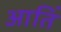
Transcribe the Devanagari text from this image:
आतिं